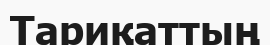
Тариқаттың